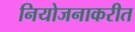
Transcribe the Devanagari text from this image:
नियोजनाकरीत